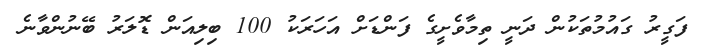
ފަގީރު ގައުމުތަކުން ދަނީ ތިމާވެށީގެ ފަންޑަށް އަހަރަކު 100 ބިލިއަން ޑޮލަރު ބޭނުންވާނެ